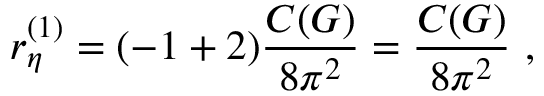
r _ { \eta } ^ { ( 1 ) } = ( - 1 + 2 ) \frac { C ( G ) } { 8 \pi ^ { 2 } } = \frac { C ( G ) } { 8 \pi ^ { 2 } } \ ,